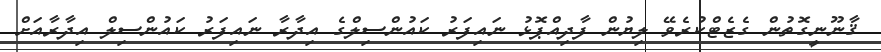
ޤާނޫނީގޮތުން ގެޒެޓްކުރެވޭ ލިޔުން ފާދިއްޕޮޅު ނައިފަރު ކައުންސިލްގެ އިދާރާ ނައިފަރު ކައުންސިލް އިދާރާއަށް